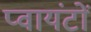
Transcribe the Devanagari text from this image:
प्वायंटों